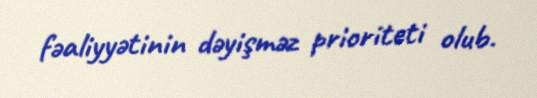
fəaliyyətinin dəyişməz prioriteti olub.